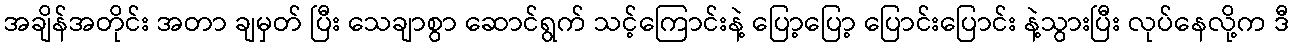
အချိန်အတိုင်း အတာ ချမှတ် ပြီး သေချာစွာ ဆောင်ရွက် သင့်ကြောင်းနဲ့ ပြော့ပြော့ ပြောင်းပြောင်း နဲ့သွားပြီး လုပ်နေလို့က ဒီ